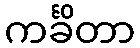
ကင်္ခိတာ